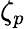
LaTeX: \zeta_{p}